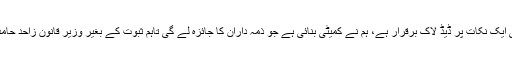
ان کا کہنا تھا کہ دھرنے والوں کا مطالبہ ہے کہ ہر قیمت پر وزیر قانون کا استعفیٰ چاہیے اور اسی ایک نکات پر ڈیڈ لاک برقرار ہے، ہم نے کمیٹی بنائی ہے جو ذمہ داران کا جائزہ لے گی تاہم ثبوت کے بغیر وزیر قانون زاحد حامد کو نہیں ہٹایا جاسکتا، میں اپیل کرتا ہوں کہ ملک کے مفاد میں دھرنے والے ہٹ دھرمی چھوڑیں۔